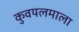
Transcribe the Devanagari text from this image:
कुवयलमाला